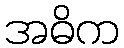
အဓိက